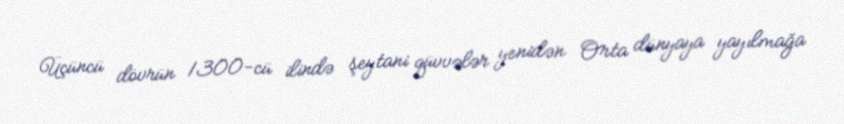
Üçüncü dövrün 1300-cü ilində şeytani qüvvələr yenidən Orta dünyaya yayılmağa